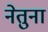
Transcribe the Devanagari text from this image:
नेतुना